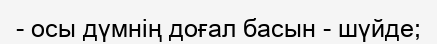
- осы дүмнің доғал басын - шүйде;